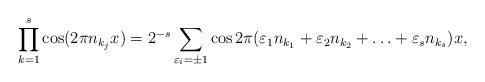
LaTeX: \begin{align*}\prod_{k=1}^s\cos (2\pi n_{k_j}x)=2^{-s}\sum_{\varepsilon_i=\pm 1}\cos2\pi(\varepsilon_1n_{k_1}+\varepsilon_{2}n_{k_2}+\ldots+\varepsilon_sn_{k_s})x,\end{align*}